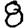
Digit: 8